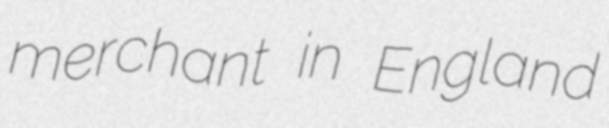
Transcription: merchant in England